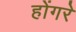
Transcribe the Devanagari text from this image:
होंगरे